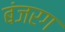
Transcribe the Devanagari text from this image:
बंजरग